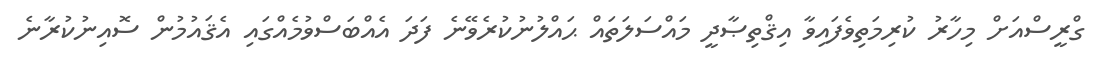
ގްރީސްއަށް މިހާރު ކުރިމަތިވެފައިވާ އިޤްތިޞާދީ މައްސަލަތައް ޙައްލުނުކުރެވޭނެ ފަދަ އެއްބަސްވުމެއްގައި އެޤައުމުން ސޮއިނުކުރާނެ